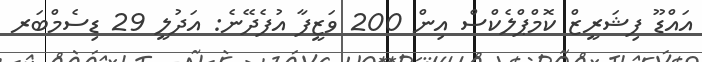
އައްޑޫ ފިޝަރީޒް ކޮމްޕްލެކްސް އިން 200 ވަޒީފާ އުފެދޭނެ: އަދުލީ 29 ޑިސެމްބަރ